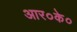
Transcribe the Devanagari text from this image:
आर०के०